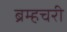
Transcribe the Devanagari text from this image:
ब्रम्हचरी